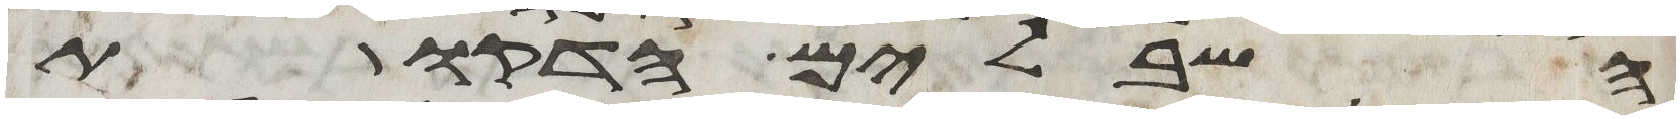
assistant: השבלים הדקות